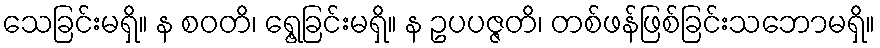
သေခြင်းမရှိ။ န စဝတိ၊ ရွေ့ခြင်းမရှိ။ န ဥပပဇ္ဇတိ၊ တစ်ဖန်ဖြစ်ခြင်းသဘောမရှိ။